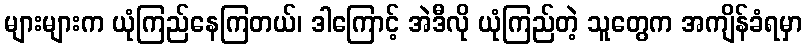
များများက ယုံကြည်နေကြတယ်၊ ဒါကြောင့် အဲဒီလို ယုံကြည်တဲ့ သူတွေက အကျိန်ခံရမှာ